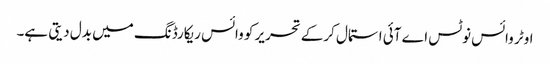
اوٹر وائس نوٹس اے آئی استمال کرکے تحریر کو وائس ریکارڈنگ میں بدل دیتی ہے۔